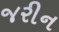
જરીન